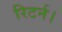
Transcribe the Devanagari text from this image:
रिटर्न।